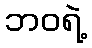
ဘဝရဲ့